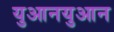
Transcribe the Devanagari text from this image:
युआनयुआन